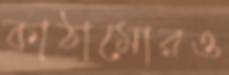
কাঠামোরও